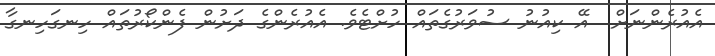
އެއުރެންނަށް  އޭ ކިއުނު ސުވަރުގެތައް ހުށްޓެވެ. އެއުރެންގެ ދަށުން ފެންކޯރުތައް ހިނގަހިނގާ